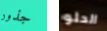
جذور الحلو